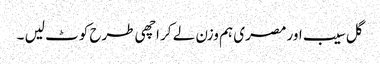
گل سیب اور مصری ہم وزن لے کر اچھی طرح کوٹ لیں ۔